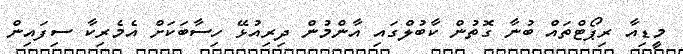
މީޑިއާ ރިޕޯޓްތައް ބުނާ ގޮތުން ކާބުލްގައި އާންމުން ދިރިއުޅޭ ހިސާބަކަށް އެމެރިކާ ސިފައިން